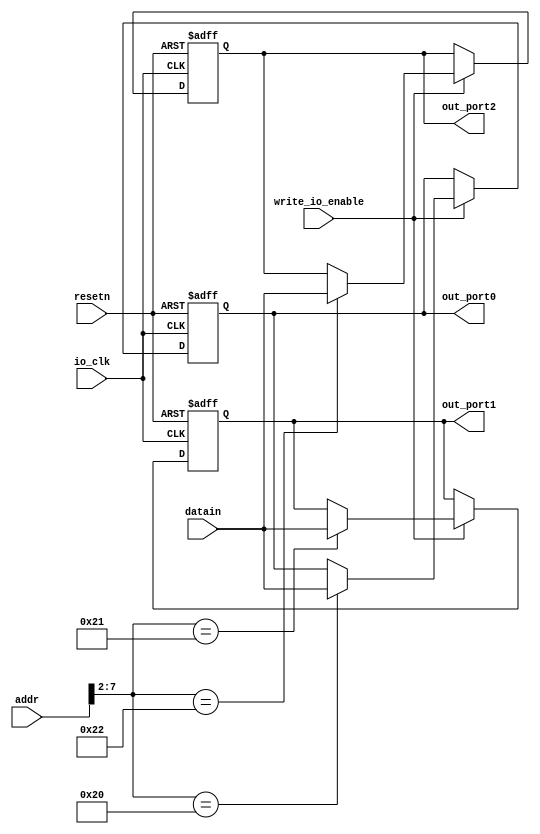
`default_nettype none

module io_output(
    input [31: 0] addr, 
    input [31: 0] datain, 
    input write_io_enable, 
    input io_clk, 
    input resetn, 

    output reg [31: 0] out_port0, 
    output reg [31: 0] out_port1, 
    output reg [31: 0] out_port2
);
    // TODO:  reset 
    // TODO: 

    always @ (posedge io_clk or negedge resetn)
    begin
        if (resetn == 0) begin
            out_port0 <= 0;
            out_port1 <= 0;
            out_port2 <= 0;
        end else if (write_io_enable == 1)
            case (addr[7: 2])
                6'b100000: out_port0 = datain;
                6'b100001: out_port1 = datain;
                6'b100010: out_port2 = datain;
            endcase
    end

endmodule